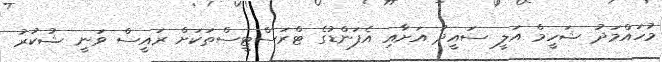
މުހައްމަދު ޝަހީމް އަލީ ސައީދު އަށާއި އެފަންޑުގެ ޓްރަސްޓީސްތަކަށް ރައީސް ވަނީ ޝުކުރު